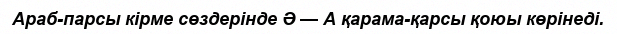
Араб-парсы кірме сөздерінде Ә — А қарама-қарсы қоюы көрінеді.